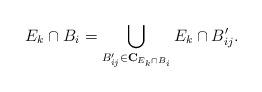
LaTeX: \begin{align*}E_k \cap B_i = \bigcup_{B'_{ij} \in \mathbf C_{E_k \cap B_i}} E_k \cap B_{ij}'.\end{align*}